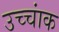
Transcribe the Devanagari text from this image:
उच्‍चांक